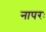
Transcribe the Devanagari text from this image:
नापरः